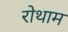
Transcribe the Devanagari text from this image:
रोथाम